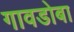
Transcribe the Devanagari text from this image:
गावडोबा